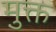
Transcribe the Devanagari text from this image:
मु़क्त